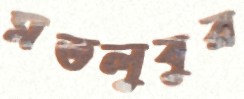
মতলুবুর